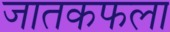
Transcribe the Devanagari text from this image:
जातकफला